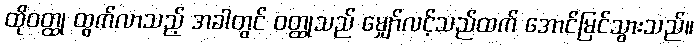
ထိုဝတ္ထု ထွက်လာသည့် အခါတွင် ဝတ္ထုသည် မျှော်လင့်သည်ထက် အောင်မြင်သွားသည်။